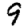
Digit: 9